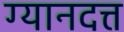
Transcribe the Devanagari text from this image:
ग्यानदत्त